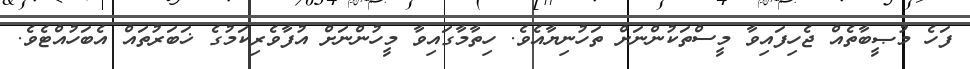
ފަހެ މުޞީބާތެއް ޖެހިފައިވާ މީސްތަކުންނަށް ތަހުނިޔާއެވެ. ހިތާމާގައިވާ މީހުންނަށް އުފާވެރިކަމުގެ ޚަބަރުތައް އެބަހުއްޓެވެ.